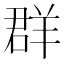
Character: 群